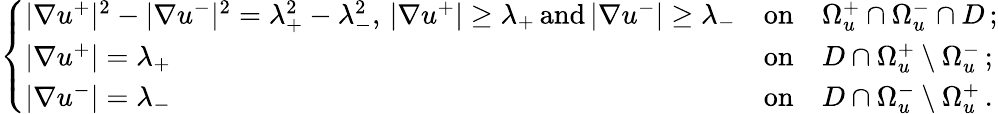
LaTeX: \left\{ \begin{array}{ll}{|\nabla u^{+}|^{2}-|\nabla u^{-}|^{2}=\lambda_{+}^{2}-\lambda_{-}^{2},\, |\nabla u^{+}|\ge\lambda_{+}\, \mathrm{and}\, |\nabla u^{-}|\ge\lambda_{-}}&{\mathrm{on}\quad\Omega_{u}^{+}\cap\Omega_{u}^{-}\cap D\, ;}\\ {|\nabla u^{+}|=\lambda_{+}}&{\mathrm{on}\quad D\cap\Omega_{u}^{+}\setminus\Omega_{u}^{-}\, ;}\\ {|\nabla u^{-}|=\lambda_{-}}&{\mathrm{on}\quad D\cap\Omega_{u}^{-}\setminus\Omega_{u}^{+}\, .}\end{array}\right.